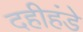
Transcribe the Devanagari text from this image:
दहीहंडे